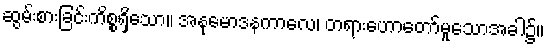
ဆွမ်းစားခြင်းကိစ္စရှိသော။ အနုမောဒနကာလေ၊ တရားဟောတော်မူသောအခါ၌။